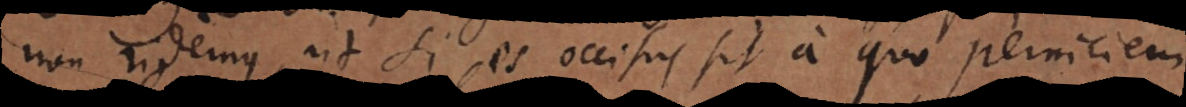
non ridemus, ut si is occisus sit a quo perniciem